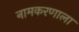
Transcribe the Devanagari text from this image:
नामकरणाला